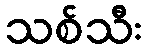
သစ်သီး